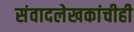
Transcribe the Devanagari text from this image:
संवादलेखकांचीही